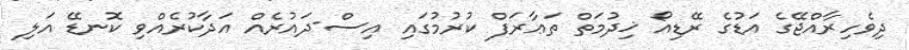
ދިވެހިރާއްޖޭގެ އަޑުގެ ރޭޑިއޯ ޚިދުމަތް ތަޢާރަފް ކުރުމުގައި އިސް-ދައުރެއް އަދާކުރެއްވި ކޮނޑޭ އަލި